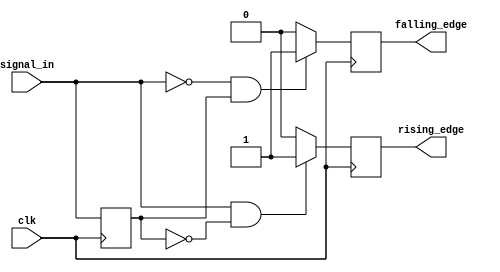
module edge_detector (
    input wire clk,               // Clock input
    input wire signal_in,         // Input signal to detect edges
    output reg rising_edge,       // Output signal for rising edge detection
    output reg falling_edge       // Output signal for falling edge detection
);

// Previous state register to store the last value of signal_in
reg prev_state;

// Initialization of prev_state
initial begin
    prev_state = 1'b0;           // Initialize to low (0)
    rising_edge = 1'b0;          // Initialize rising edge output to low (0)
    falling_edge = 1'b0;         // Initialize falling edge output to low (0)
end

// Edge detection logic, triggered on the rising edge of the clock
always @(posedge clk) begin
    // Edge detection
    rising_edge <= (signal_in == 1'b1 && prev_state == 1'b0) ? 1'b1 : 1'b0;
    falling_edge <= (signal_in == 1'b0 && prev_state == 1'b1) ? 1'b1 : 1'b0;

    // Update previous state at the end of the clock cycle
    prev_state <= signal_in;
end

endmodule